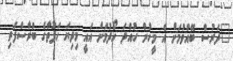
"ދަރުސް ބޭއްވުމަށް އެ މީހުން ހުއްދަ ހޯދުމަށް އައީ މިދިޔަ ހަފުތާގެ ބުރާސްފަތި